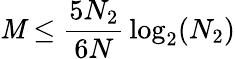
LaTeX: \mathit{M}\leq{\frac{{5N_{2}}}{{6N}}}\log_{2}(N_{2})